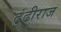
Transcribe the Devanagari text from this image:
ढुंढीराज